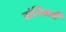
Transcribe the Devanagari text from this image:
बांधिवली